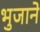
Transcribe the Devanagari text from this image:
भुजाने